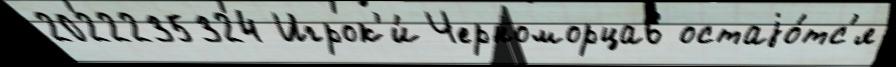
2022235324 Игрок'и́ Черноморца6 остаjо́тс'я